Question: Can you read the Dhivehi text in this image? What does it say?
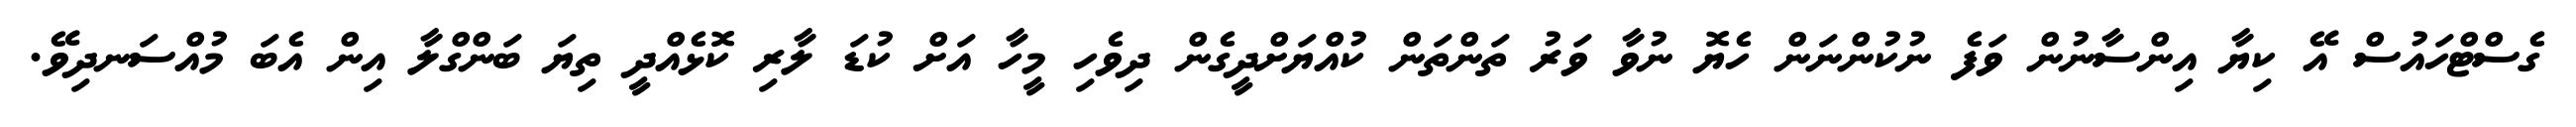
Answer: ގެސްޓްހައުސް އޭ ކިޔާ އިންސާނުން ވަފެ ނުކުންނަން ހެޔޮ ނުވާ ވަރު ތަންތަން ކުއްޔަށްދީގެން ދިވެހި މީހާ އަށް ކުޑަ ލާރި ކޮޅެއްދީ ތިޔަ ބަންގްލާ އިން އެބަ މުއްސަނދިވޭ.